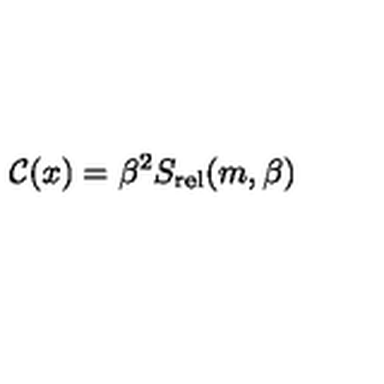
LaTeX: { \cal C } ( x ) = \beta ^ { 2 } S _ { \mathrm { r e l } } ( m , \beta )